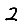
Digit: 2